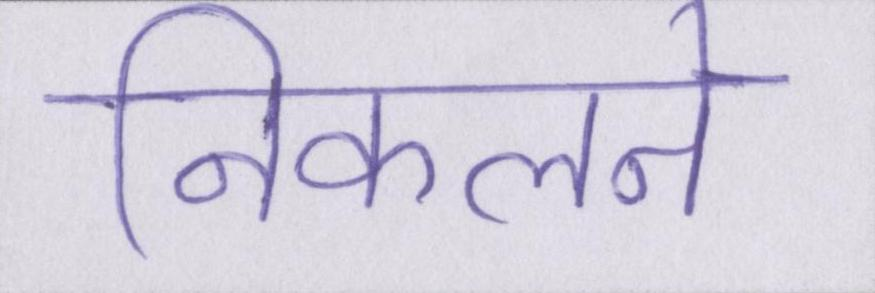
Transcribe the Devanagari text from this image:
निकलने